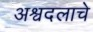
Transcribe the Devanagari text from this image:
अश्वदलाचे